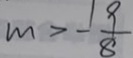
m > - \frac { 1 9 } { 8 }